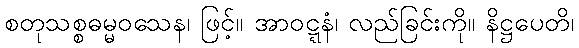
စတုသစ္စဓမ္မဝသေန၊ ဖြင့်။ အာဝဋ္ဋနံ၊ လည်ခြင်းကို။ နိဋ္ဌပေတိ၊